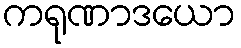
ကရုဏာဒယော